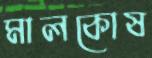
মালকোষ